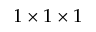
1 \times 1 \times 1